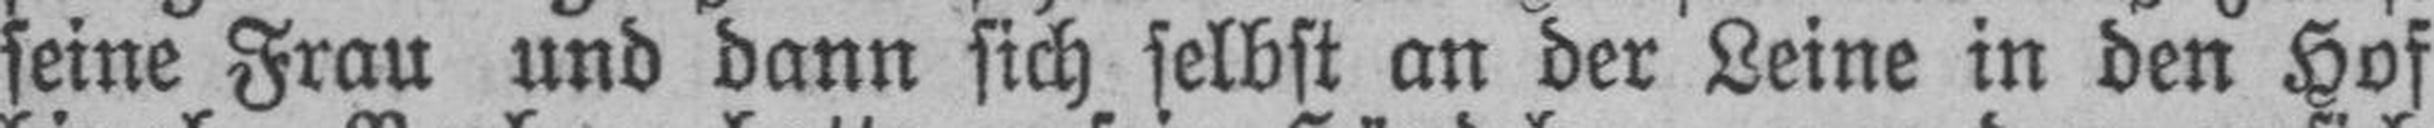
seine Frau und dann sich selbst an der Leine in den Hof